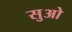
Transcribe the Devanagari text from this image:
सुओ